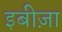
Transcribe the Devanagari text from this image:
इबीज़ा